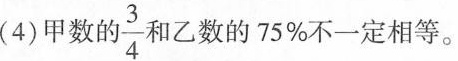
(4)甲数的\frac{3}{4}和乙数的75%不一定相等。